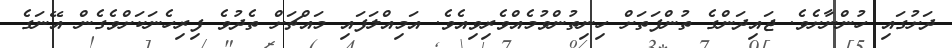
ދަށުގައި ހުންނާށެވެ. ޖައިދަންގެ ތުންފަތަށް ހިނިތުންވުމެއްވެރިވިއެވެ. އަމިއްލަފައި މައްޗަށް ތެދުވެ ފިރިހެނަކަށްވެގެން އޭނަގެ